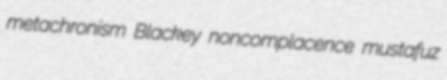
metachronism Blackey noncomplacence mustafuz